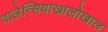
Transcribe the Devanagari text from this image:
वालेन्सियाखालोखाल